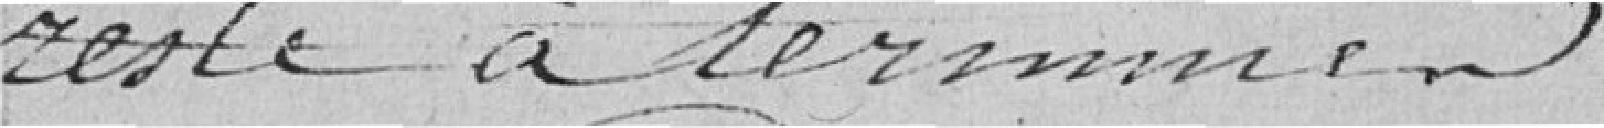
reste à terminer.